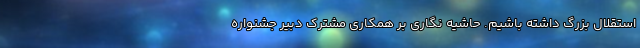
استقلال بزرگ داشته باشیم. حاشیه نگاری بر همکاری مشترک دبیر جشنواره